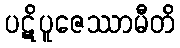
ပဋိပူဇေဿာမီတိ